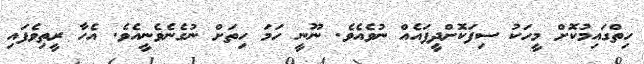
ހިތްގައިމުކޮށް މީހަކު ސިފަކޮށްދީފައެއް ނުވެއެވެ. ނޫނީ ހަމަ ހިތަށް ނުގެނެވެނީއެވެ. އެހާ ރީތިވެފައި